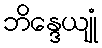
ဘိန္ဒေယျုံ